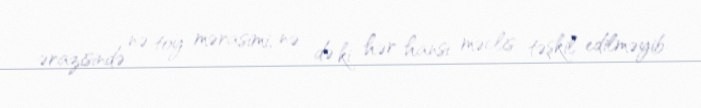
ərazisində nə toy mərasimi, nə də ki hər hansı məclis təşkil edilməyib.